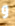
و